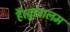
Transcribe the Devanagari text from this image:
हैं।कुट्रालम